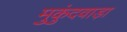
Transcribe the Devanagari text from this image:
मुकुंदवाड़ा